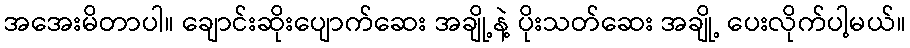
အအေးမိတာပါ။ ချောင်းဆိုးပျောက်ဆေး အချို့နဲ့ ပိုးသတ်ဆေး အချို့ ပေးလိုက်ပါ့မယ်။